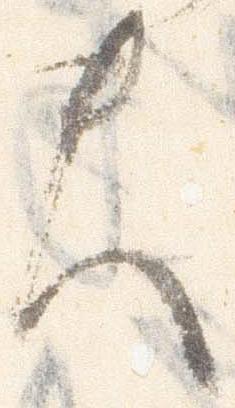
夫